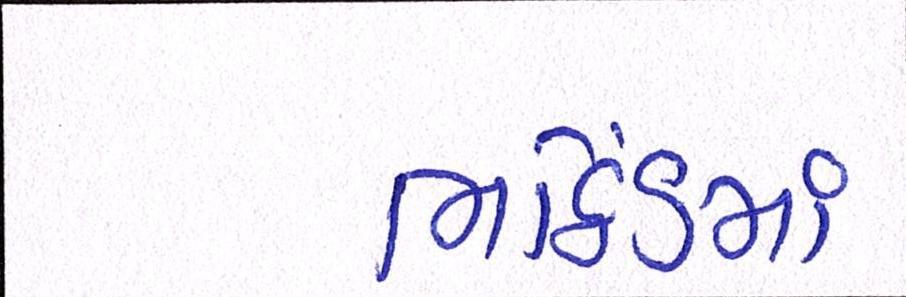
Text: ભઠિંડમાં